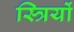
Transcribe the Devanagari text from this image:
स्त्रियों